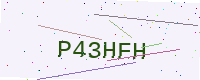
Text: P43HFH